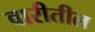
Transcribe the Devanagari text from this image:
वारीतील